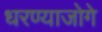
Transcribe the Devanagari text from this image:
धरण्याजोगे